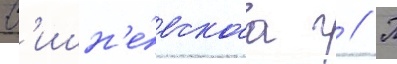
В'ишн'е́вскаа г // П